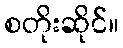
စတိုးဆိုင်။